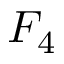
F _ { 4 }